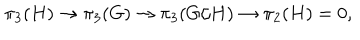
\pi _ { 3 } ( H ) \to \pi _ { 3 } ( G ) \to \pi _ { 3 } ( G / H ) \to \pi _ { 2 } ( H ) = 0 ,